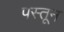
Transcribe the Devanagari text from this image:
पस्तून